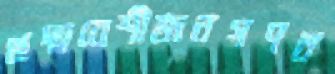
ছদ্মবেশীজনগণন